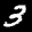
Label: 3